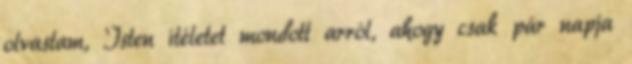
olvastam, Isten ítéletet mondott arról, ahogy csak pár napja